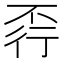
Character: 𧗩